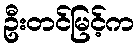
ဦးတင်မြင့်က